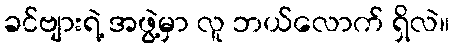
ခင်ဗျားရဲ့ အဖွဲ့မှာ လူ ဘယ်လောက် ရှိလဲ။